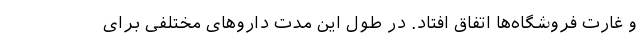
و غارت فروشگاه‌ها اتفاق افتاد. در طول این مدت داروهای مختلفی برای